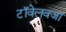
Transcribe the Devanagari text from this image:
टॉवेलवजा